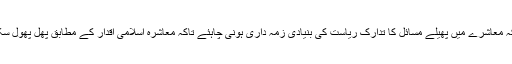
جبکہ معاشرے میں پھیلے مسائل کا تدارک ریاست کی بنیادی زمہ داری ہونی چاہئے تاکہ معاشرہ اسلامی اقدار کے مطابق پھل پھول سکے۔